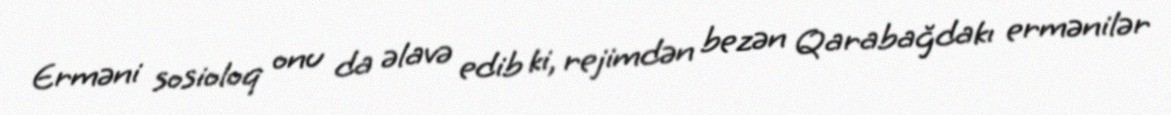
Erməni sosioloq onu da əlavə edib ki, rejimdən bezən Qarabağdakı ermənilər